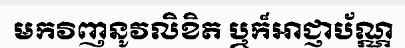
មកវិញនូវលិខិត ឬក៏អាជ្ញាប័ណ្ណ